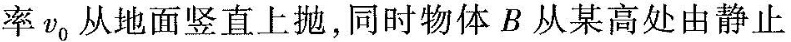
率v_{0}从地面竖直上抛，同时物体B从某高处由静止